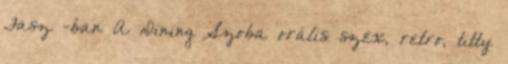
Fasz -ban A Dining Szoba orális szex, retro, titty